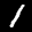
Label: 1